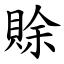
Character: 賖